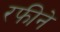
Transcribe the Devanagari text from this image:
रफीने